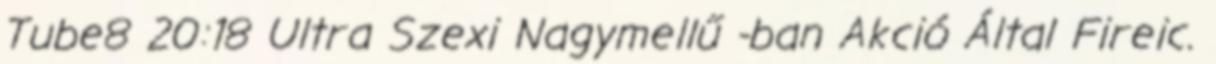
Tube8 20:18 Ultra Szexi Nagymellű -ban Akció Által Fireic.